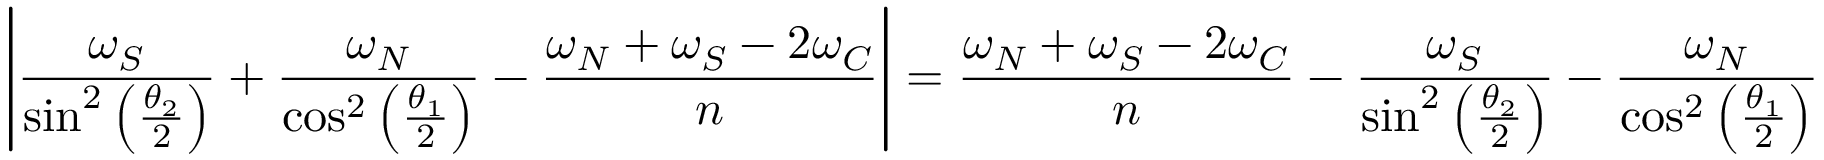
\left| \frac { \omega _ { S } } { \sin ^ { 2 } \left( \frac { \theta _ { 2 } } { 2 } \right) } + \frac { \omega _ { N } } { \cos ^ { 2 } \left( \frac { \theta _ { 1 } } { 2 } \right) } - \frac { \omega _ { N } + \omega _ { S } - 2 \omega _ { C } } { n } \right| = \frac { \omega _ { N } + \omega _ { S } - 2 \omega _ { C } } { n } - \frac { \omega _ { S } } { \sin ^ { 2 } \left( \frac { \theta _ { 2 } } { 2 } \right) } - \frac { \omega _ { N } } { \cos ^ { 2 } \left( \frac { \theta _ { 1 } } { 2 } \right) }